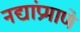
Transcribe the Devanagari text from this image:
नद्यांप्रमाणे